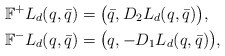
\begin{align*}\mathbb{F}^+L_d(q,\bar q) &= \big(\bar q, D_2L_d(q,\bar q)\big), \\\mathbb{F}^-L_d(q,\bar q) &= \big(q, -D_1L_d(q,\bar q)\big),\end{align*}